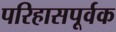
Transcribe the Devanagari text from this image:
परिहासपूर्वक